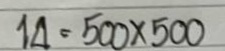
14 = 500 x 500